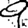
Digit: 9